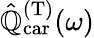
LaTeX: \hat{\mathbb{Q}}_{\mathrm{car}}^{(\mathrm{T})}(\omega)